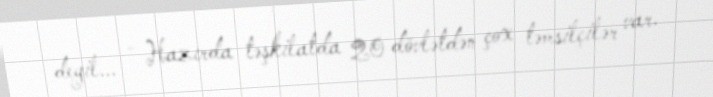
deyil... - Hazırda təşkilatda 20 dövlətdən çox təmsilçilər var.